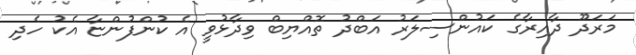
މަރަދޫ ދާއިރާގެ ކައުންސިލަރު އަބްދު ތޮއްޔިބް ވިދާޅުވީ އެ ކުންފުންޏާ އެކު ހެދި